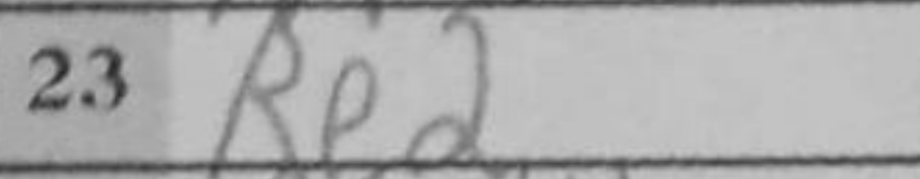
Transcription: Re2